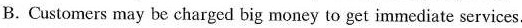
B.Customers may be charged big money to get immediate services.